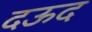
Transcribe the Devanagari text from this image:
दऊद